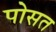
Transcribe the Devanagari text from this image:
पोसत